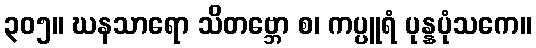
၃၀၅။ ဃနသာရော သိတဗ္ဘော စ၊ ကပ္ပူရံ ပုန္နပုံသကေ။